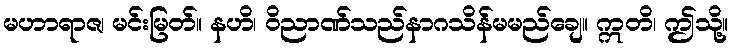
မဟာရာဇ၊ မင်းမြတ်။ နဟိ၊ ဝိညာဏ်သည်နာဂသိန်မမည်ချေ။ ဣတိ၊ ဤသို့။